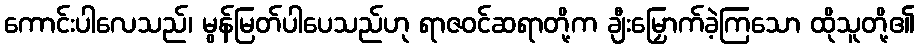
ကောင်းပါလေသည်၊ မွန်မြတ်ပါပေသည်ဟု ရာဇဝင်ဆရာတို့က ချီးမြှောက်ခဲ့ကြသော ထိုသူတို့၏